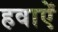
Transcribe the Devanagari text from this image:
हवाऐं